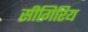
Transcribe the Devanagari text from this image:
सीगिरिय